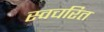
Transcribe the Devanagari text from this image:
स्वचरित